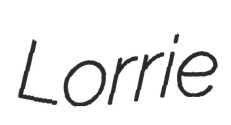
Lorrie